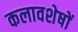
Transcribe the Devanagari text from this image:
कलावशेषों